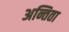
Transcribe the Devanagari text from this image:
अन्तिता